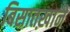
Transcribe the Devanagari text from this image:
बिसातख़ाने